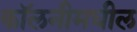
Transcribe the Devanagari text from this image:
कॉलनीमधील